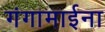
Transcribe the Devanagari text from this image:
गंगामाईना